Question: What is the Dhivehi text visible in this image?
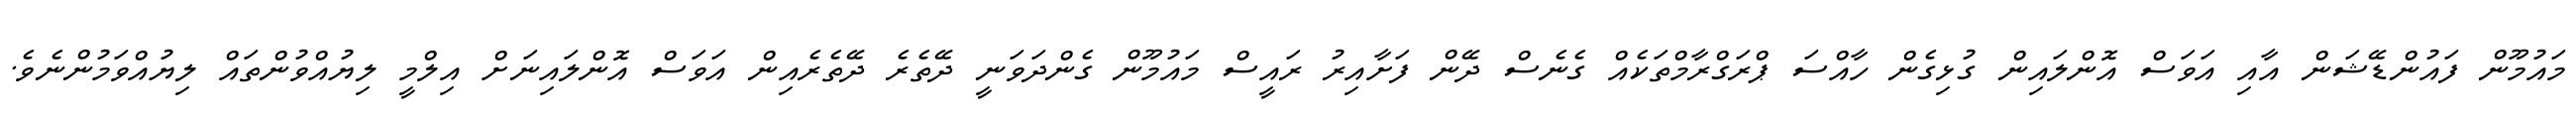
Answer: މައުމޫން ފައުންޑޭޝަން އާއި އަވަސް އޮންލައިން ގުޅިގެން ހާއްސަ ޕްރަގްރާމްތަކެއް ގެނެސް ދޭން ފަށާއިރު ރައީސް މައުމޫން ގެންދަވަނީ ދޭތެރެ ދޭތެރެއިން އަވަސް އޮންލައިނަށް އިލްމީ ލިޔުއްވުންތައް ލިޔުއްވަމުންނެވެ.